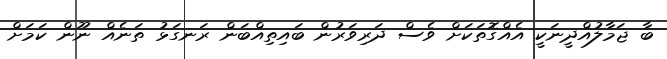
ބާ ޖަމާލުއްދީނަކީ އެއްގޮތަކަށް ވެސް ދަރިވަރުން ބައިތިއްބަން ރަނގަޅު ތަނެއް ނޫން ކަމަށް